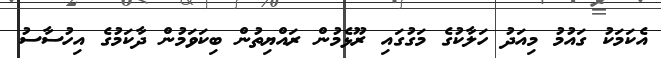
އެކަމަކު ގައުމު މިއަދު ހަލާކުގެ މަގުގައި ރޫޅެމުން ރައްޔިތުން ބިކަވަމުން ދާކަމުގެ އިހުސާސު